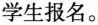
学生报名。